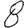
Digit: 8